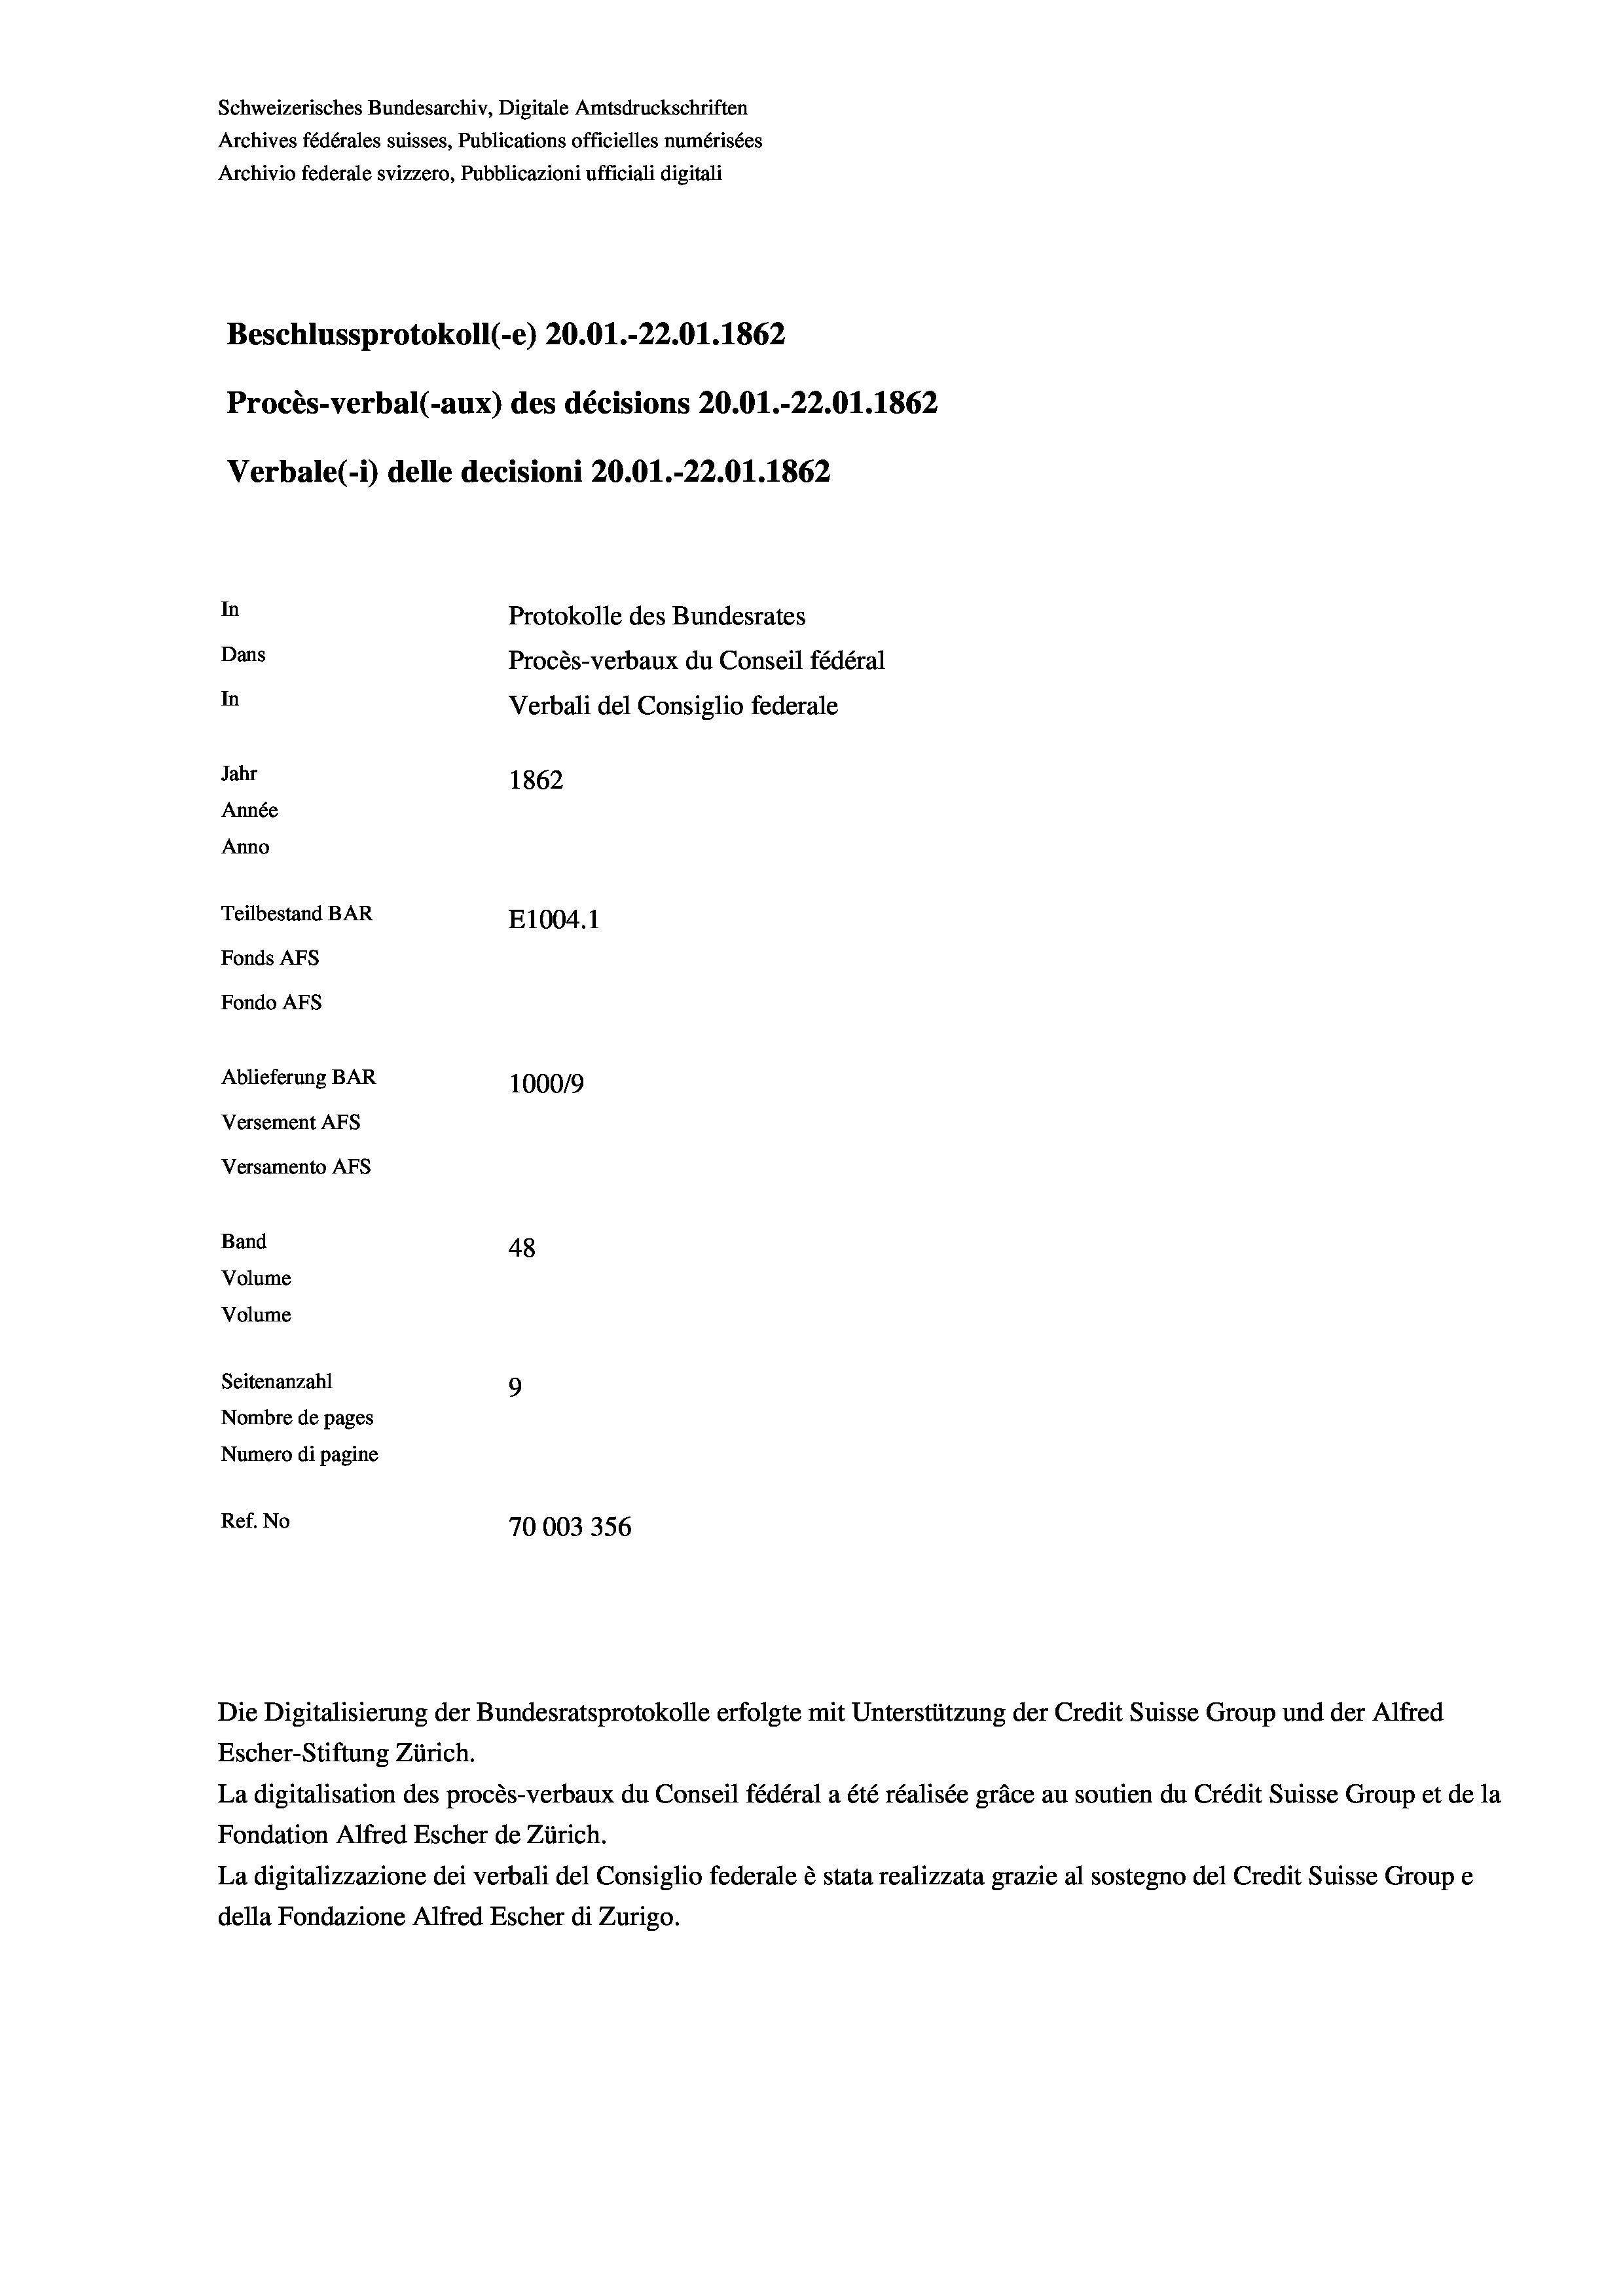
Schweizerisches Bundesarchiv, Digitale Amtsdruckschriften
Archives fédérales suisses, Publications officielles numérisées
Beschlussprotokoll (-e) 20.01.-22.01. 1862
Procès-verbal (-aux) des décisions 20.01.-22.01. 1862
Verbale (- 1) delle decisioni 20.01.-22.01. 1862
In
Protokolle des Bundesrates
Dans
Procès-verbaux du Conseil fédéral
In
Verbali del Consiglio federale
Jahr
1862
Année
Anno
Teilbestand BAR
E1004. 1
Fonds AFs
Fondo AFS
Ablieferung BAR
100019
Versement AFs
Versamento AFs
Band

48
Volume
Volume
Seitenanzahl
9
Nombre de pages
Numero di pagine
Ref. No
70003356

Archivio federale svizzero, Pubblicazioni ufficiali digitali

Die Digitalisierung der Bundesratsprotokolle erfolgte mit Unterstützung der Credit Suisse Group und der Alfred
Escher-Stiftung Zürich.
La digitalisation des procès-verbaux du Conseil fédéral a été réalisée gräce au soutien du Crédit Suisse Group et de la
Fondation Alfred Escher de Zürich.
La digitalizzazione dei verbali del Consiglio federale è stata realizzata grazie al sostegno del Credit Suisse Groupe
della Fondazione Alfred Escher di Zurigo.